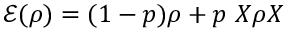
{ \mathcal { E } } ( \rho ) = ( 1 - p ) \rho + p \ X \rho X